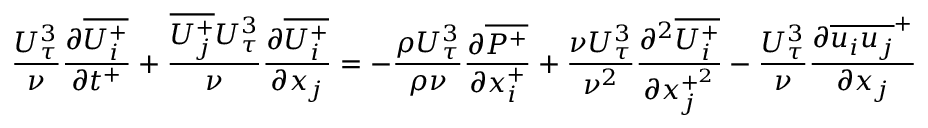
{ \frac { U _ { \tau } ^ { 3 } } { \nu } } { \frac { \partial \overline { { U _ { i } ^ { + } } } } { \partial t ^ { + } } } + \frac { \overline { { U _ { j } ^ { + } } } U _ { \tau } ^ { 3 } } { \nu } \frac { \partial \overline { { U _ { i } ^ { + } } } } { \partial x _ { j } } = - \frac { \rho U _ { \tau } ^ { 3 } } { \rho \nu } \frac { \partial \overline { { P ^ { + } } } } { \partial x _ { i } ^ { + } } + \frac { \nu U _ { \tau } ^ { 3 } } { \nu ^ { 2 } } \frac { \partial ^ { 2 } \overline { { U _ { i } ^ { + } } } } { \partial x _ { j } ^ { + ^ { 2 } } } - \frac { U _ { \tau } ^ { 3 } } { \nu } \frac { \partial \overline { { u _ { i } u _ { j } } } ^ { + } } { \partial x _ { j } }